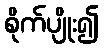
စိုက်ပျိုး၍